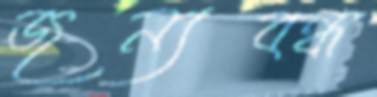
জন্যবন্ধ